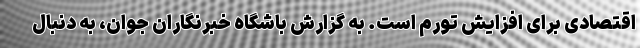
اقتصادی برای افزایش تورم است. به گزارش باشگاه خبرنگاران جوان، به دنبال